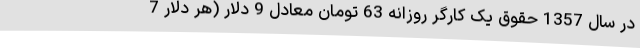
در سال 1357 حقوق یک کارگر روزانه 63 تومان معادل 9 دلار (هر دلار 7